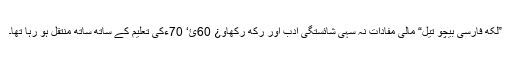
”لکھ فارسی بیچو تیل“ مالی مفادات نہ سہی شائستگی ادب اور رکھ رکھاو¿ 60ئ‘ 70ءکی تعلیم کے ساتھ ساتھ منتقل ہو رہا تھا۔